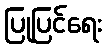
ပြုပြင်ရေး